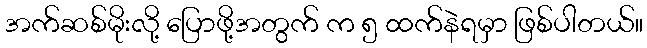
အက်ဆစ်မိုးလို့ ပြောဖို့အတွက် က ၅ ထက်နဲရမှာ ဖြစ်ပါတယ်။